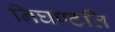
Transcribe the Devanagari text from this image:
निघण्टति